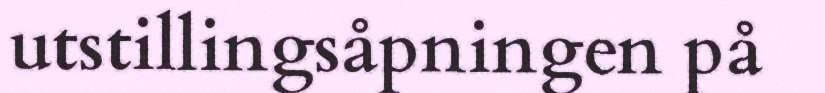
utstillingsåpningen på